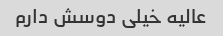
عالیه خیلی دوسش دارم